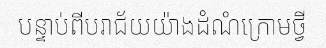
បន្ទាប់ពីបរាជ័យយ៉ាងដំណំក្រោមថ្វី